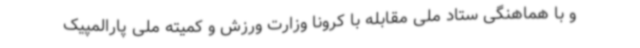
و با هماهنگی ستاد ملی مقابله با کرونا وزارت ورزش و کمیته ملی پارالمپیک